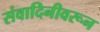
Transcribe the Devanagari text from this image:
संवादिनीवरून